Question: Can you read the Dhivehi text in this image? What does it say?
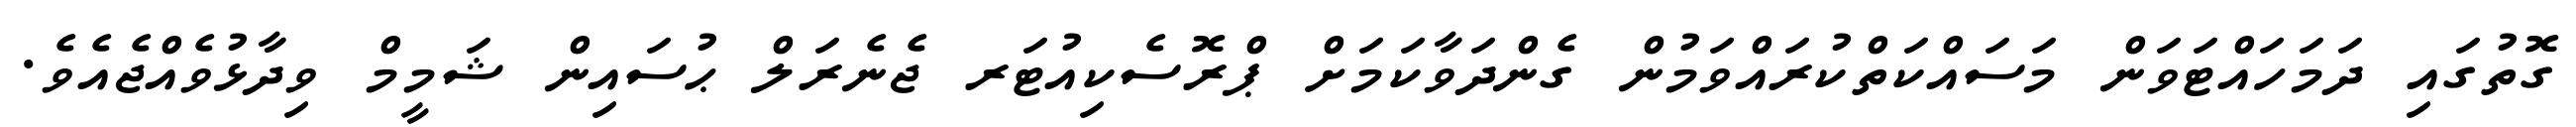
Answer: ގޮތުގައި ދަމަހައްޓަވަން މަސައްކަތްކުރައްވަމުން ގެންދަވާކަމަށް ޕްރޮސެކިއުޓަރ ޖެނެރަލް ޙުސައިން ޝަމީމް ވިދާޅުވެއްޖެއެވެ.